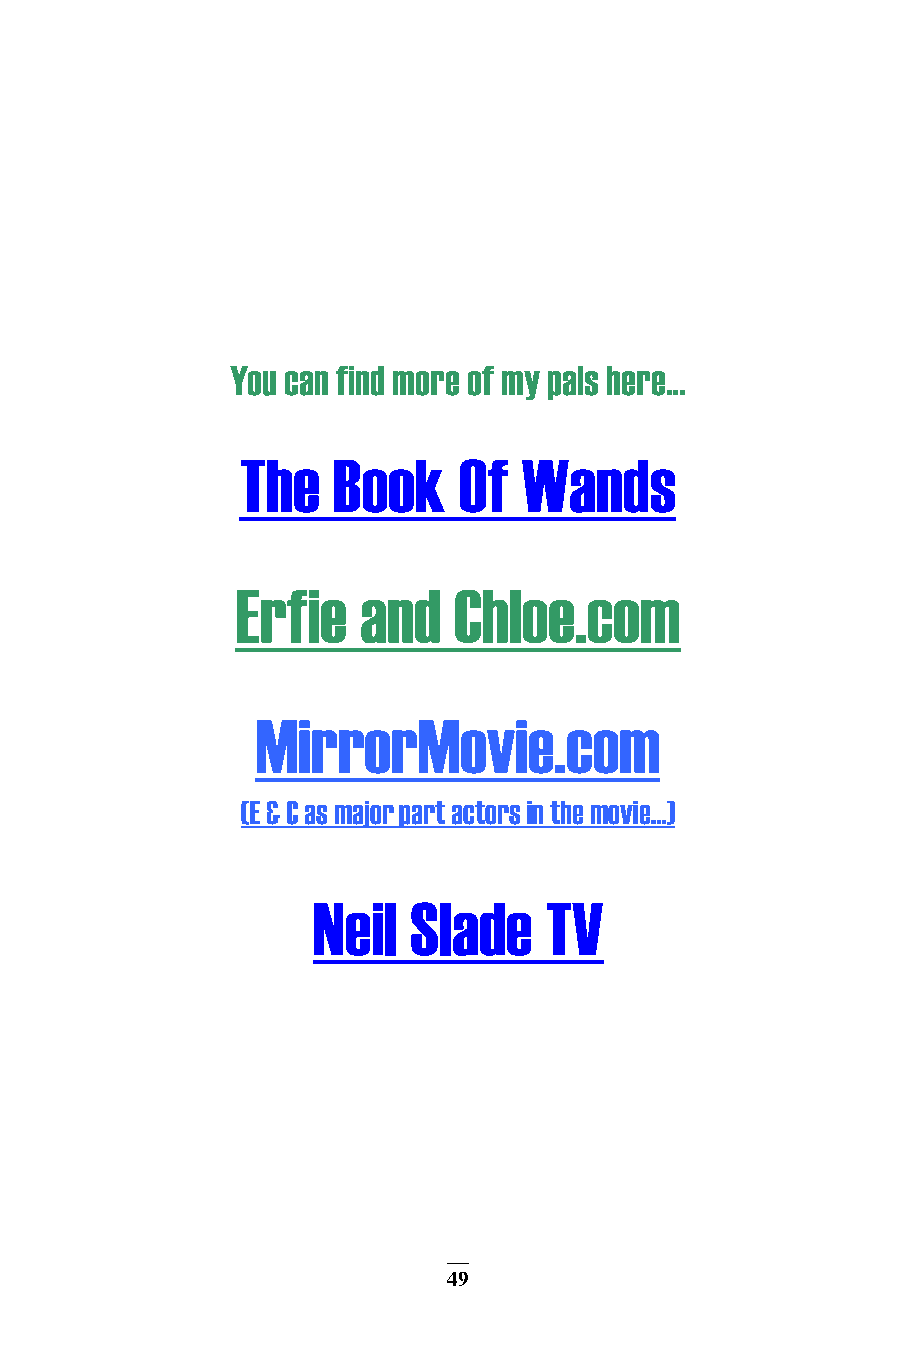
You can find more of my pals here…
 The   Book    Of   Wands
 Erfie   and   Chloe.com
 MirrorMovie.com
 (E & C as major part actors in the movie…)
 Neil  Slade    TV
 49